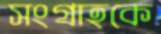
সংগ্রাহকে